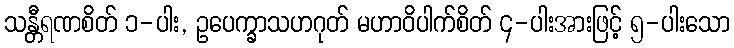
သန္တီရဏစိတ် ၁-ပါး, ဥပေက္ခာသဟဂုတ် မဟာဝိပါက်စိတ် ၄-ပါးအားဖြင့် ၅-ပါးသော